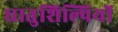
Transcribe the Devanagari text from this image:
धातुशिल्पियों